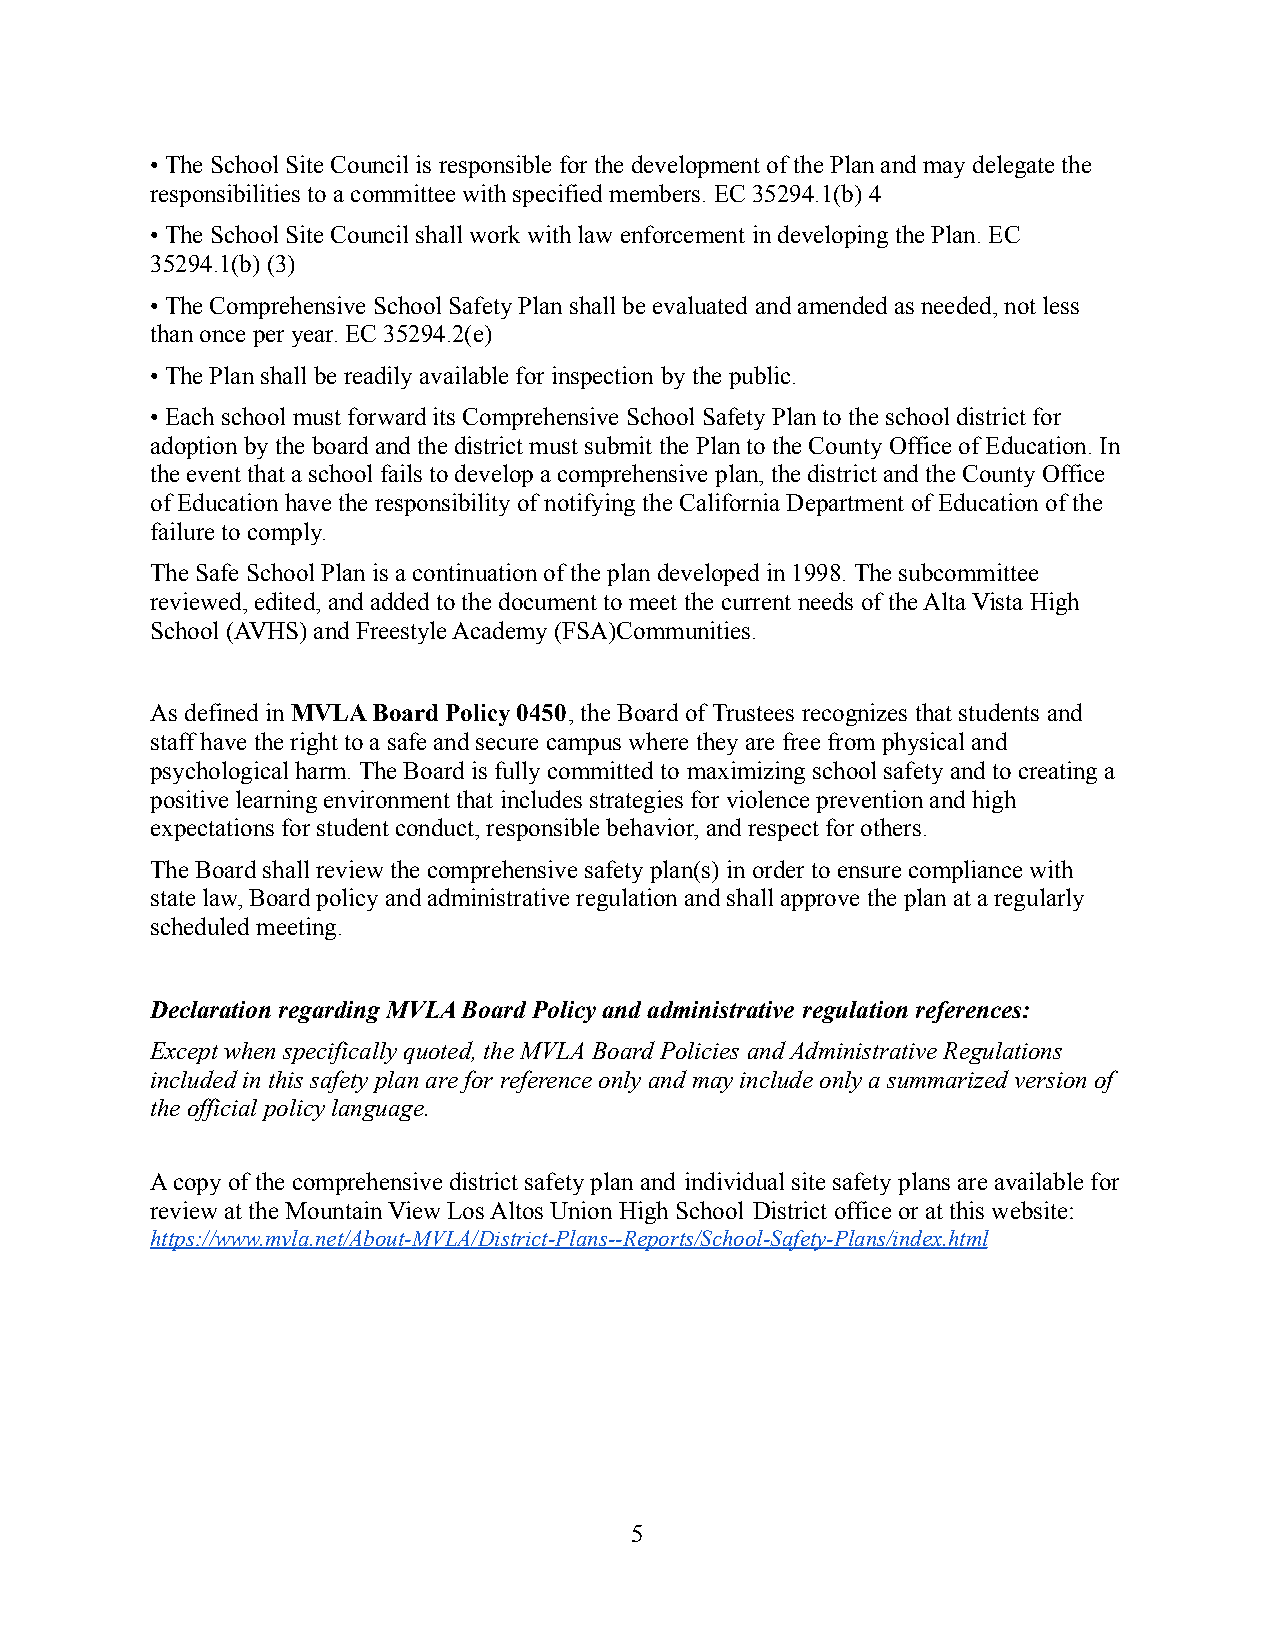
• The School Site Council is responsible for the development of the Plan and may delegate the
 responsibilities to a committee with specified members. EC 35294.1(b) 4
 • The School Site Council shall work with law enforcement in developing the Plan. EC
 35294.1(b) (3)
 • The Comprehensive School Safety Plan shall be evaluated and amended as needed, not less
 than once per year. EC 35294.2(e)
 • The Plan shall be readily available for inspection by the public.
 • Each school must forward its Comprehensive SchoolSafety Plan to the school district for
 adoption by the board and the district must submit the Plan to the County Office of Education. In
 the event that a school fails to develop a comprehensiveplan, the district and the County Office
 of Education have the responsibility of notifying the California Department of Education of the
 failure to comply.
 The Safe School Plan is a continuation of the plandeveloped in 1998. The subcommittee
 reviewed, edited, and added to the document to meetthe current needs of the Alta Vista High
 School (AVHS) and Freestyle Academy (FSA)Communities.
 As defined inMVLA Board Policy 0450, the Board ofTrustees recognizes that students and
 staff have the right to a safe and secure campus where they are free from physical and
 psychological harm. The Board is fully committed to maximizing school safety and to creating a
 positive learning environment that includes strategiesfor violence prevention and high
 expectations for student conduct, responsible behavior,and respect for others.
 The Board shall review the comprehensive safety plan(s)in order to ensure compliance with
 state law, Board policy and administrative regulationand shall approve the plan at a regularly
 scheduled meeting.
 Declaration regarding MVLA Board Policy and administrative regulation references:
 Except when specifically quoted, the MVLA Board Policies and Administrative Regulations
 included in this safety plan are for reference onlyand may include only a summarized version of
 the official policy language.
 A copy of the comprehensive district safety plan and individual site safety plans are available for
 review at the Mountain View Los Altos Union High School District office or at this website:
 https://www.mvla.net/About-MVLA/District-Plans--Reports/School-Safety-Plans/index.html
 5